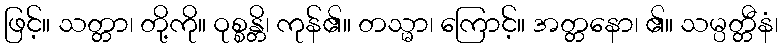
ဖြင့်။ သတ္တာ၊ တို့ကို။ ဝုစ္စန္တိ၊ ကုန်၏။ တသ္မာ၊ ကြောင့်။ အတ္တနော၊ ၏။ သမ္ပတ္တီနံ၊